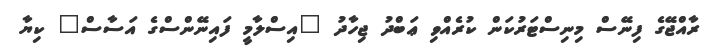
ރާއްޖޭގެ ފިނޭސް މިނިސްޓަރުކަން ކުރެއްވި ޢަބްދު ޖިހާދު "އިސްލާމީ ފައިނޭންސްގެ އަސާސް" ކިޔާ